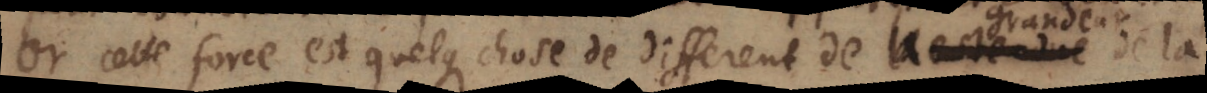
Or cette force est quelque chose de different de l’estendu